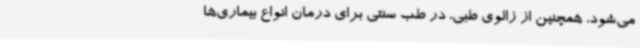
می‌شود، همچنین از زالوی طبی، در طب سنتی برای درمان انواع بیماری‌ها